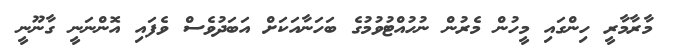
މާރާމާރީ ހިންގައި މީހުން މެރުން ނުހުއްޓުވުމުގެ ބަހަނާއަކަށް އަބަދުވެސް ވެފައި އޮންނަނީ ގާނޫނީ